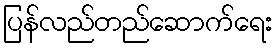
ပြန်လည်တည်ဆောက်ရေး